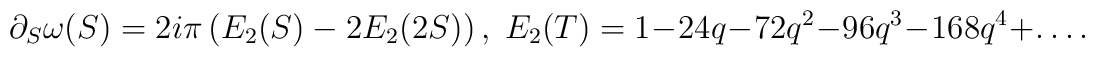
\partial_S \omega(S) = 2i \pi \left(E_2(S) - 2 E_2(2S)\right),\;E_2(T)= 1- 24q -72 q^2 -96q^3-168q^4 + \dots.